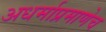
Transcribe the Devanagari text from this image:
अधर्माप्रमाणेच